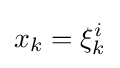
x_{k}=\xi _{k}^{i}